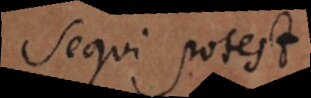
sequi potest,